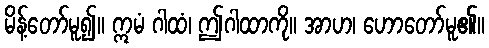
မိန့်တော်မူ၍။ ဣမံ ဂါထံ၊ ဤဂါထာကို။ အာဟ၊ ဟောတော်မူ၏။